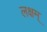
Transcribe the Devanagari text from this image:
लक्षम्